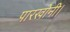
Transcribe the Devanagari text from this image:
पारखोनी।